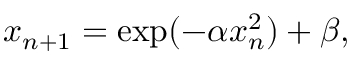
x _ { n + 1 } = \exp ( - \alpha x _ { n } ^ { 2 } ) + \beta ,